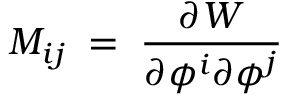
M _ { i j } \; = \; { \frac { \partial W } { \partial \phi ^ { i } \partial \phi ^ { j } } }